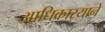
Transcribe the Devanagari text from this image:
आधिकार्‍याने